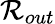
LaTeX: \mathcal{R}_{out}